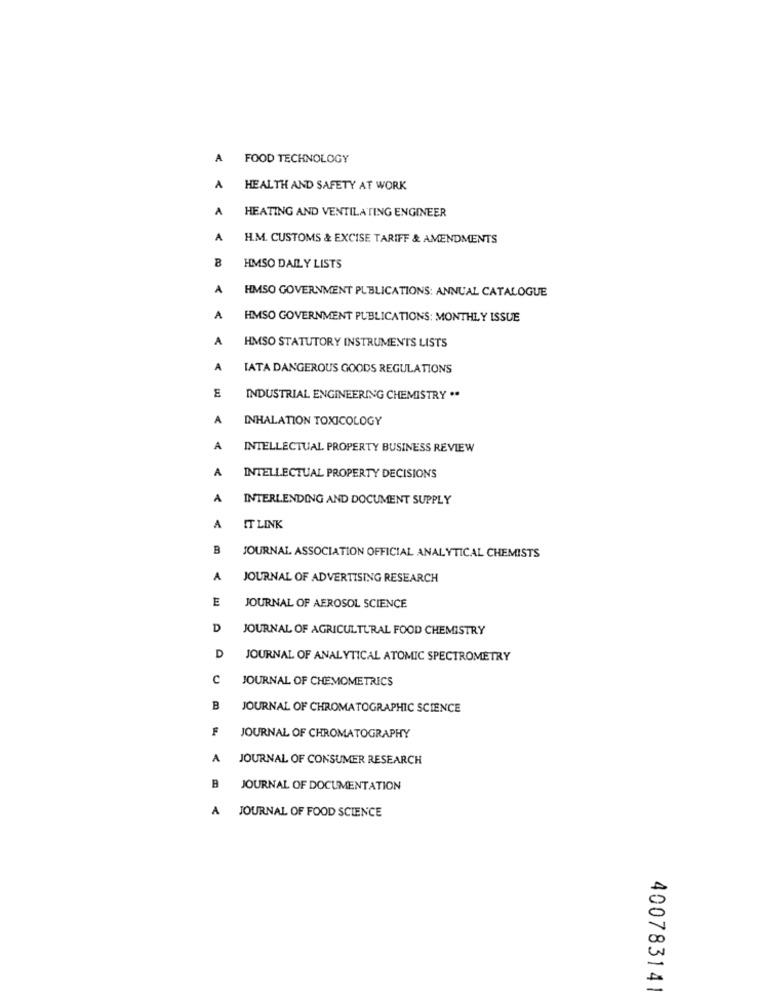
A FOOD TECHNOLOGY
A
HEALTH AND SAFETY AT WORK
A
HEATING AND VENTILATING ENGINEER
A
H.M. CUSTOMS & EXCISE TARIFF & AMENDMENTS
B
HMSO DAILY LISTS
A
HMSO GOVERNMENT PUBLICATIONS: ANNUAL CATALOGUE
A
HIMSO GOVERNMENT PUBLICATIONS: MONTHLY ISSUE
A
HMSO STATUTORY INSTRUMENTS LISTS
A
TATA DANGEROUS GOODS REGULATIONS
INDUSTRIAL ENGINEERING CHEMISTRY ..
A
INHALATION TOXICOLOGY
A
INTELLECTUAL PROPERTY BUSINESS REVIEW
A
INTELLECTUAL PROPERTY DECISIONS
A
INTERLENDING AND DOCUMENT SUPPLY
A
IT LINK
JOURNAL ASSOCIATION OFFICIAL ANALYTICAL CHEMISTS
A
JOURNAL OF ADVERTISING RESEARCH
E
JOURNAL OF AEROSOL SCIENCE
D
JOURNAL OF AGRICULTURAL FOOD CHEMISTRY
D
JOURNAL OF ANALYTICAL ATOMIC SPECTROMETRY
C
JOURNAL OF CHEMOMETRICS
B
JOURNAL OF CHROMATOGRAPHIC SCIENCE
JOURNAL OF CHROMATOGRAPHY
A
JOURNAL OF CONSUMER RESEARCH
B
JOURNAL OF DOCUMENTATION
A
JOURNAL OF FOOD SCIENCE
400783141